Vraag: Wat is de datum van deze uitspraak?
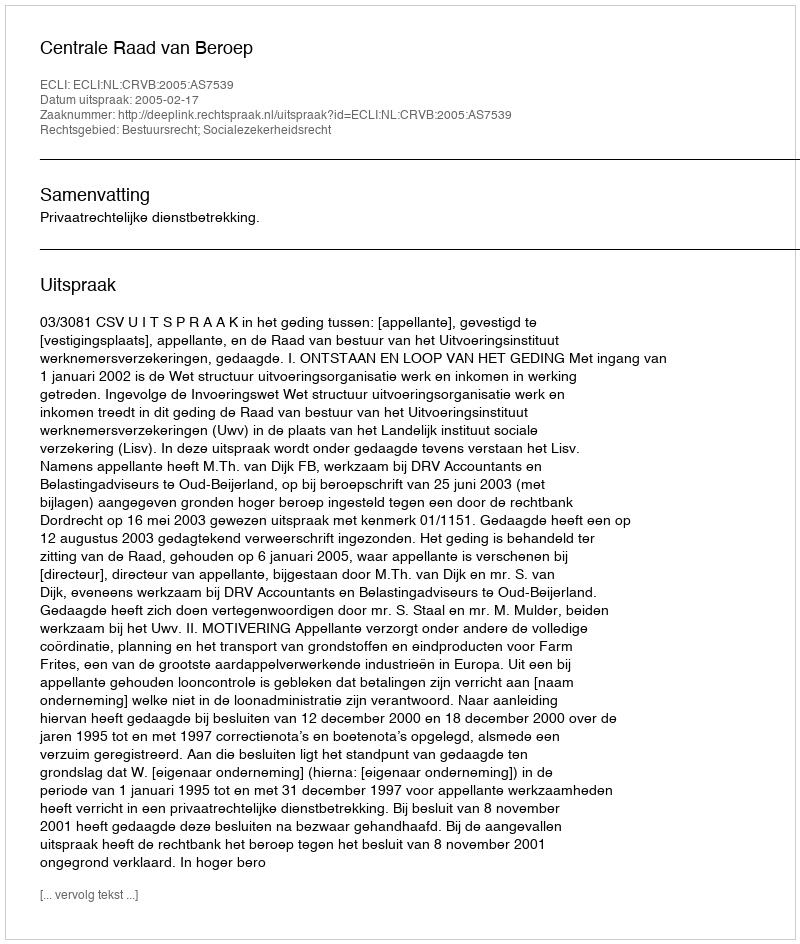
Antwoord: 2005-02-17